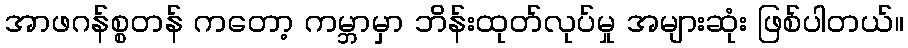
အာဖဂန်စ္စတန် ကတော့ ကမ္ဘာမှာ ဘိန်းထုတ်လုပ်မှု အများဆုံး ဖြစ်ပါတယ်။